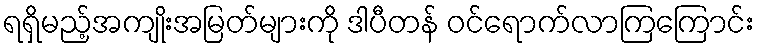
ရရှိမည့်အကျိုးအမြတ်များကို ဒါပီတန် ဝင်ရောက်လာကြကြောင်း